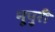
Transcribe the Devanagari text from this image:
नूपुरी